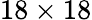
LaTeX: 18\times 18